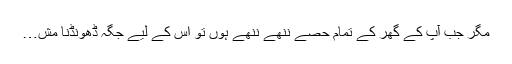
مگر جب آپ کے گھر کے تمام حصے ننھے ننھے ہوں تو اِس کے لیے جگہ ڈھونڈنا مش…